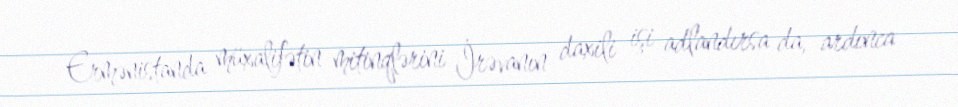
Ermənistanda müxalifətin mitinqlərini İrəvanın daxili işi adlandırsa da, ardınca